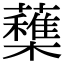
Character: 𣟶